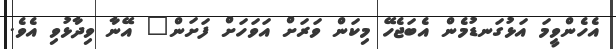
އެހެންވީމަ އަޅުގަނޑުމެން އެބަޖެހޭ މިކަން ވަރަށް އަވަހަށް ފަށަން" އޭނާ ވިދާޅުވި އެވެ.